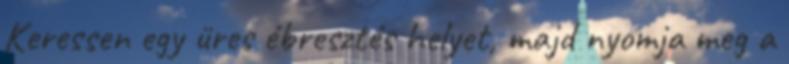
Keressen egy üres ébresztés helyet, majd nyomja meg a